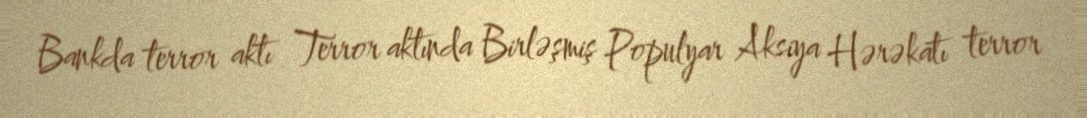
Bankda terror aktı Terror aktında Birləşmiş Populyar Aksiya Hərəkatı terror